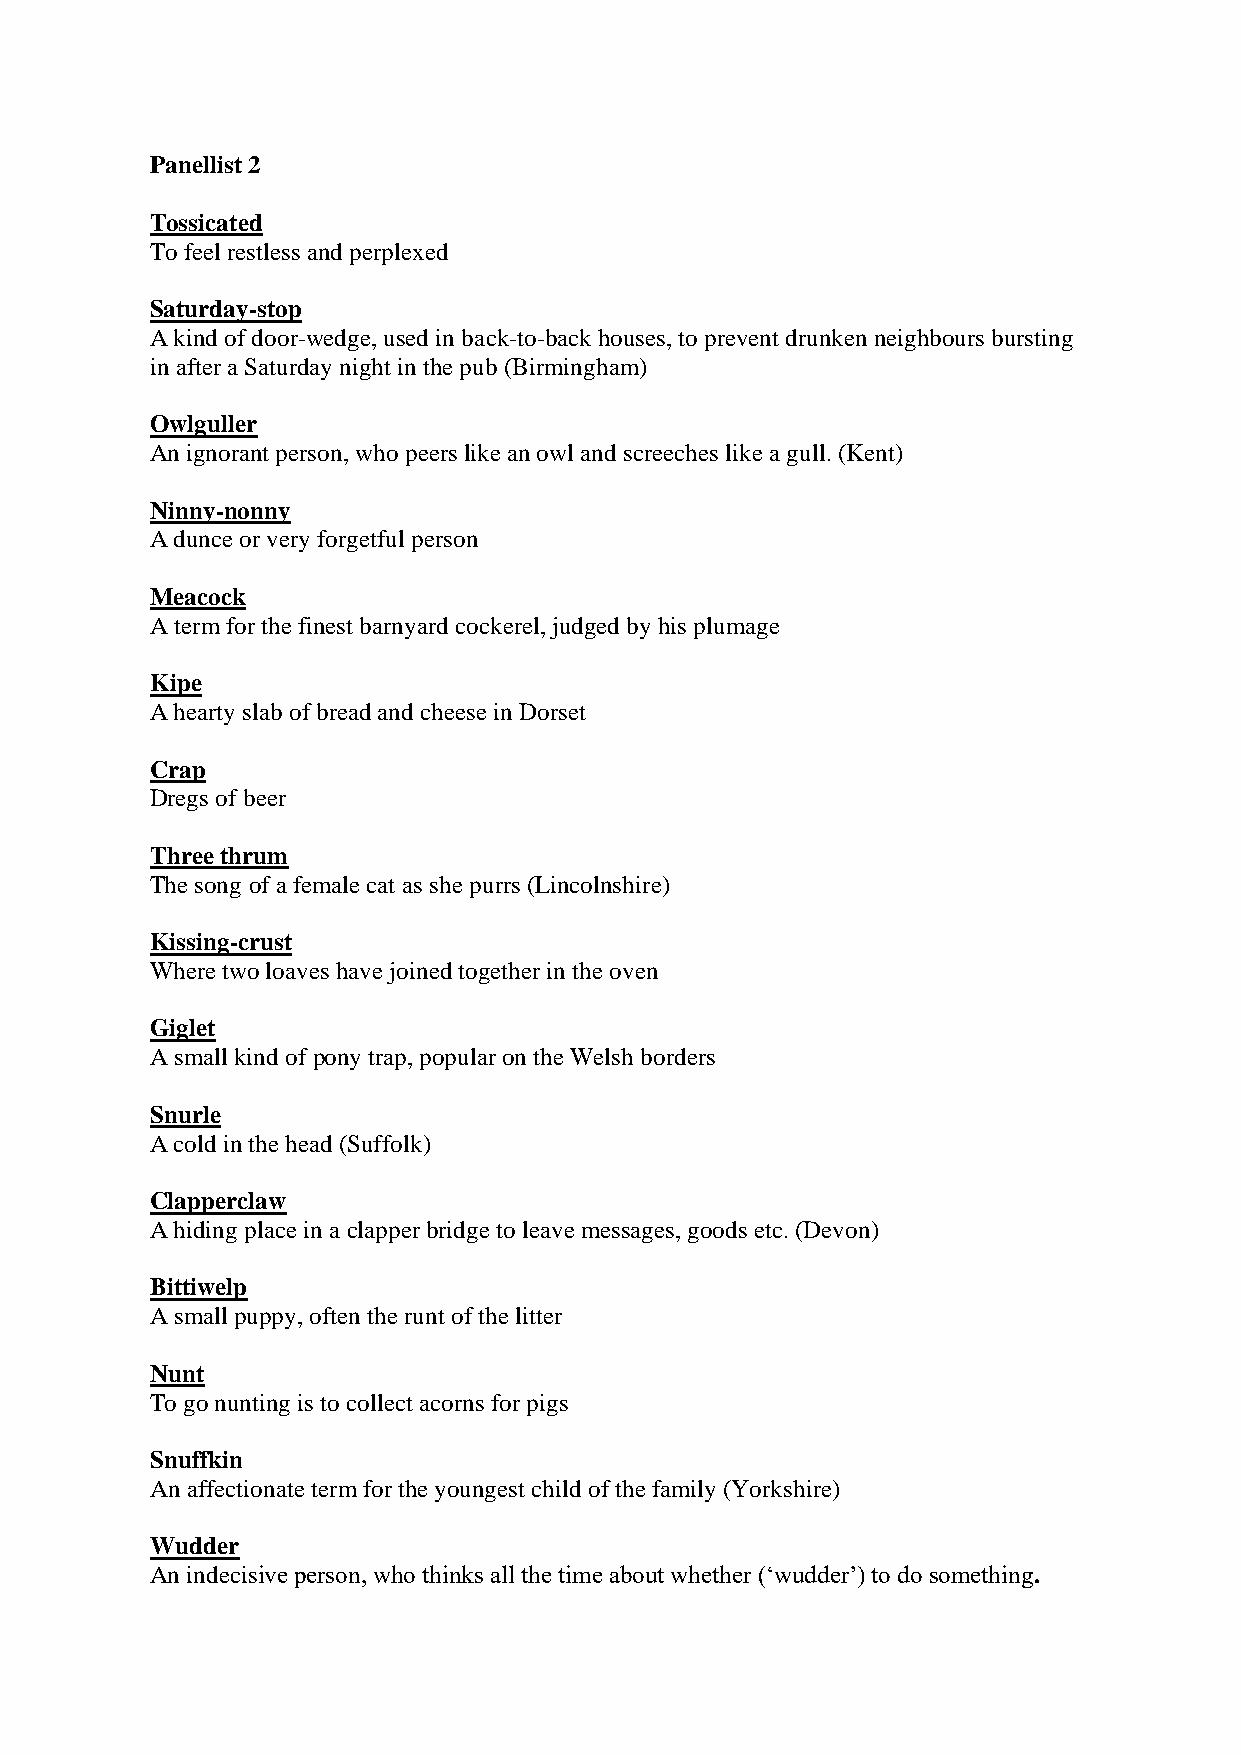
Panellist 2
 Tossicated
 To feel restless and perplexed
 Saturday-stop
 A kind of door-wedge, used in back-to-back houses, to prevent drunken neighbours bursting
 in after a Saturday night in the pub (Birmingham)
 Owlguller
 An ignorant person, who peers like an owl and screeches like a gull. (Kent)
 Ninny-nonny
 A dunce or very forgetful person
 Meacock
 A term for the finest barnyard cockerel, judged by his plumage
 Kipe
 A hearty slab of bread and cheese in Dorset
 Crap
 Dregs of beer
 Three thrum
 The song of a female cat as she purrs (Lincolnshire)
 Kissing-crust
 Where two loaves have joined together in the oven
 Giglet
 A small kind of pony trap, popular on the Welsh borders
 Snurle
 A cold in the head (Suffolk)
 Clapperclaw
 A hiding place in a clapper bridge to leave messages, goods etc. (Devon)
 Bittiwelp
 A small puppy, often the runt of the litter
 Nunt
 To go nunting is to collect acorns for pigs
 Snuffkin
 An affectionate term for the youngest child of the family (Yorkshire)
 Wudder
 An indecisive person, who thinks all the time about whether (‘wudder’) to do something.